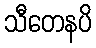
သီတေနပိ